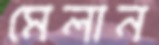
মেলান